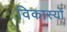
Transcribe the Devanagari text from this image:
विकास्यों